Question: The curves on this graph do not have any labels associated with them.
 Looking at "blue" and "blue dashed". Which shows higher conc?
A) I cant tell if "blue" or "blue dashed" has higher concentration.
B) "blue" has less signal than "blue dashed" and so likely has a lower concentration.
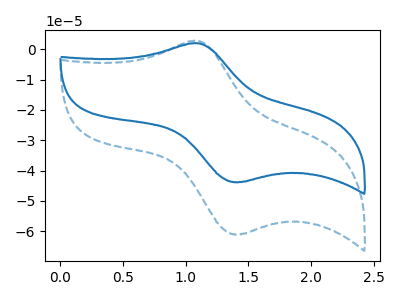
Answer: <think>The blue dashed curve "blue dashed" has an anodic peak at (1.10V, 2.80uA) and a cathodic peak at (1.45V, -61.00uA). The blue curve "blue" has an anodic peak at (1.10V, 2.00uA) and a cathodic peak at (1.45V, -43.80uA).
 All the peaks in "blue" have a peak in "blue dashed" at the same potential. Every peak in "blue" is lower than every peak in "blue dashed".</think>
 <answer>B) "blue" has less signal than "blue dashed" and so likely has a lower concentration.</answer>
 <eval>B</eval>